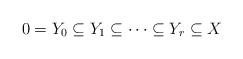
LaTeX: \begin{align*}0 = Y_0 \subseteq Y_1 \subseteq \cdots \subseteq Y_r \subseteq X \end{align*}